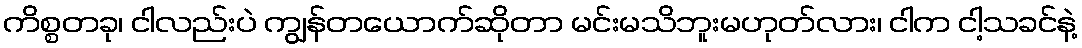
ကိစ္စတခု၊ ငါလည်းပဲ ကျွန်တယောက်ဆိုတာ မင်းမသိဘူးမဟုတ်လား၊ ငါက ငါ့သခင်နဲ့